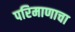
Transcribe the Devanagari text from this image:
परिमाणाचा